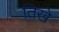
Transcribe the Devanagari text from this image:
तिखे